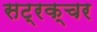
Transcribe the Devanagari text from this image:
सट्रक्चर